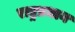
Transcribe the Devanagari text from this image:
राष्ट्रप्रधान